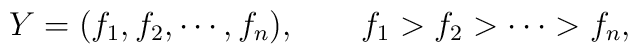
Y=(f_1,f_2,\cdots,f_n), \qquad f_1>f_2>\cdots>f_n,